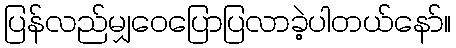
ပြန်လည်မျှဝေပြောပြလာခဲ့ပါတယ်နော်။